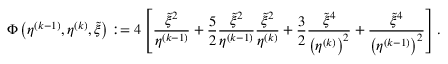
\Phi \left( \eta ^ { ( k - 1 ) } , \eta ^ { ( k ) } , \tilde { \xi } \right) : = 4 \left[ \frac { \tilde { \xi } ^ { 2 } } { \eta ^ { ( k - 1 ) } } + \frac { 5 } { 2 } \frac { \tilde { \xi } ^ { 2 } } { \eta ^ { ( k - 1 ) } } \frac { \tilde { \xi } ^ { 2 } } { \eta ^ { ( k ) } } + \frac { 3 } { 2 } \frac { \tilde { \xi } ^ { 4 } } { \left( \eta ^ { ( k ) } \right) ^ { 2 } } + \frac { \tilde { \xi } ^ { 4 } } { \left( \eta ^ { ( k - 1 ) } \right) ^ { 2 } } \right] .